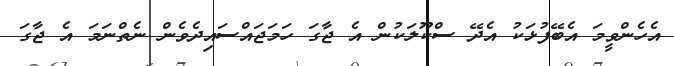
އެހެންވީމަ އެބޭފުޅަކު އެދޭ ސްކޫލަކުން އެ ޖާގަ ހަމަޖައްސައިދެވެން ނެތްނަމަ އެ ޖާގަ